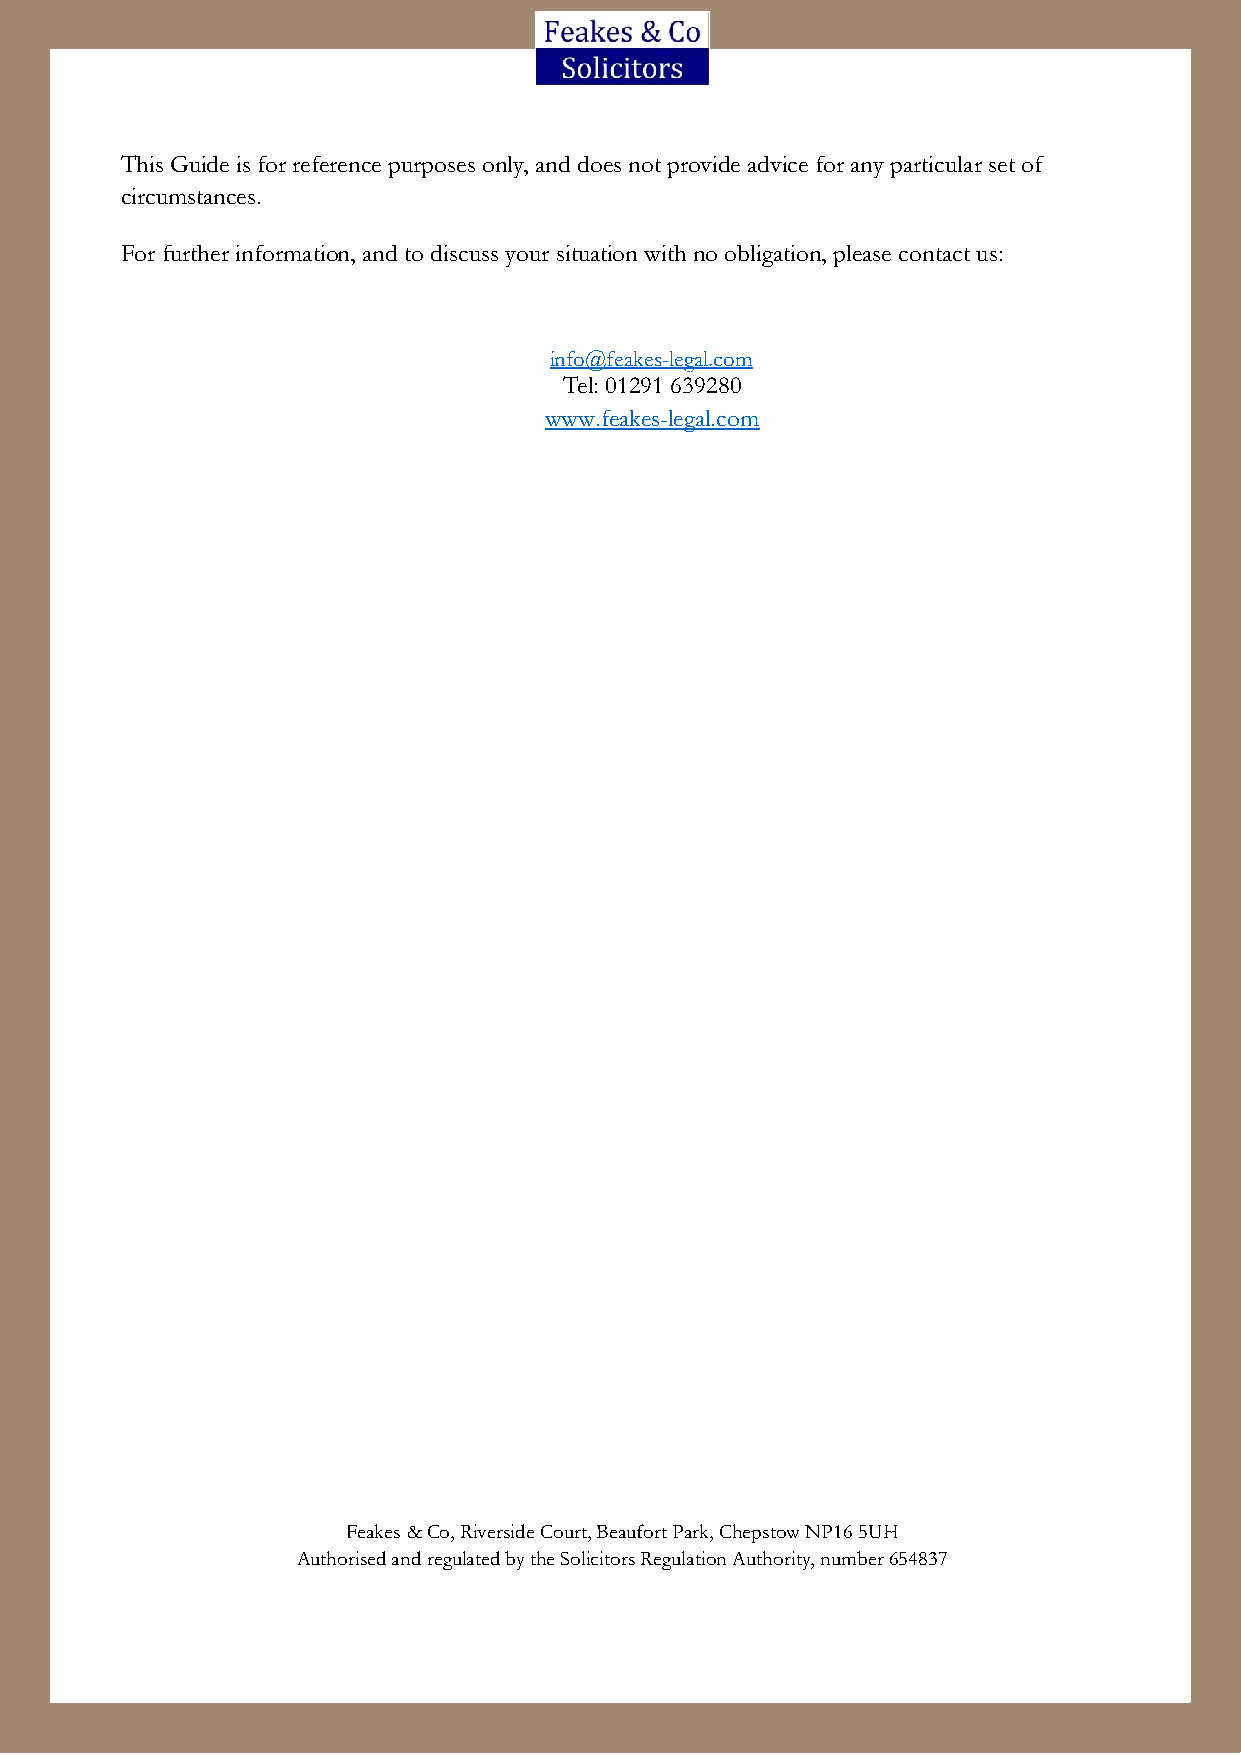
This Guide is for reference purposes only, and does not provide advice for any particular set of
 circumstances.
 For further information, and to discuss your situation with no obligation, please contact us:
 info@feakes-legal.com
 Tel: 01291 639280
 www.feakes-legal.com
 Feakes & Co, Riverside Court, Beaufort Park, Chepstow NP16 5UH
 Authorised and regulated by the Solicitors Regulation Authority, number 654837